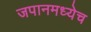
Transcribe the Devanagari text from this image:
जपानमध्येच